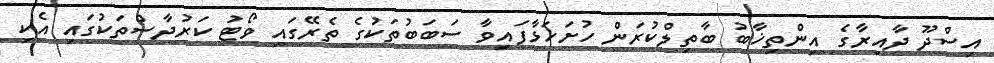
އިސްދޫ ދާއިރާގެ އިންތިޚާބު ބާތިލްކުރަން ހުށަހަޅާފައިވާ ސަބަބުތަކުގެ ތެރޭގައި ވޯޓު ކަރުދާސްތަކުގައި އެކި